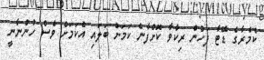
ކެމެރާގެ ޑޭޓާ ފަހުން ރިކާވާ ކޮށްފާނެ ކަމަށް ބަލައި އެކަމަށް ވެސް ހުންނާނީ